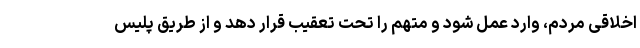
اخلاقی مردم، وارد عمل شود و متهم را تحت تعقیب قرار دهد و از طریق پلیس